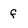
Character: f